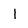
Character: l